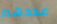
عددهم